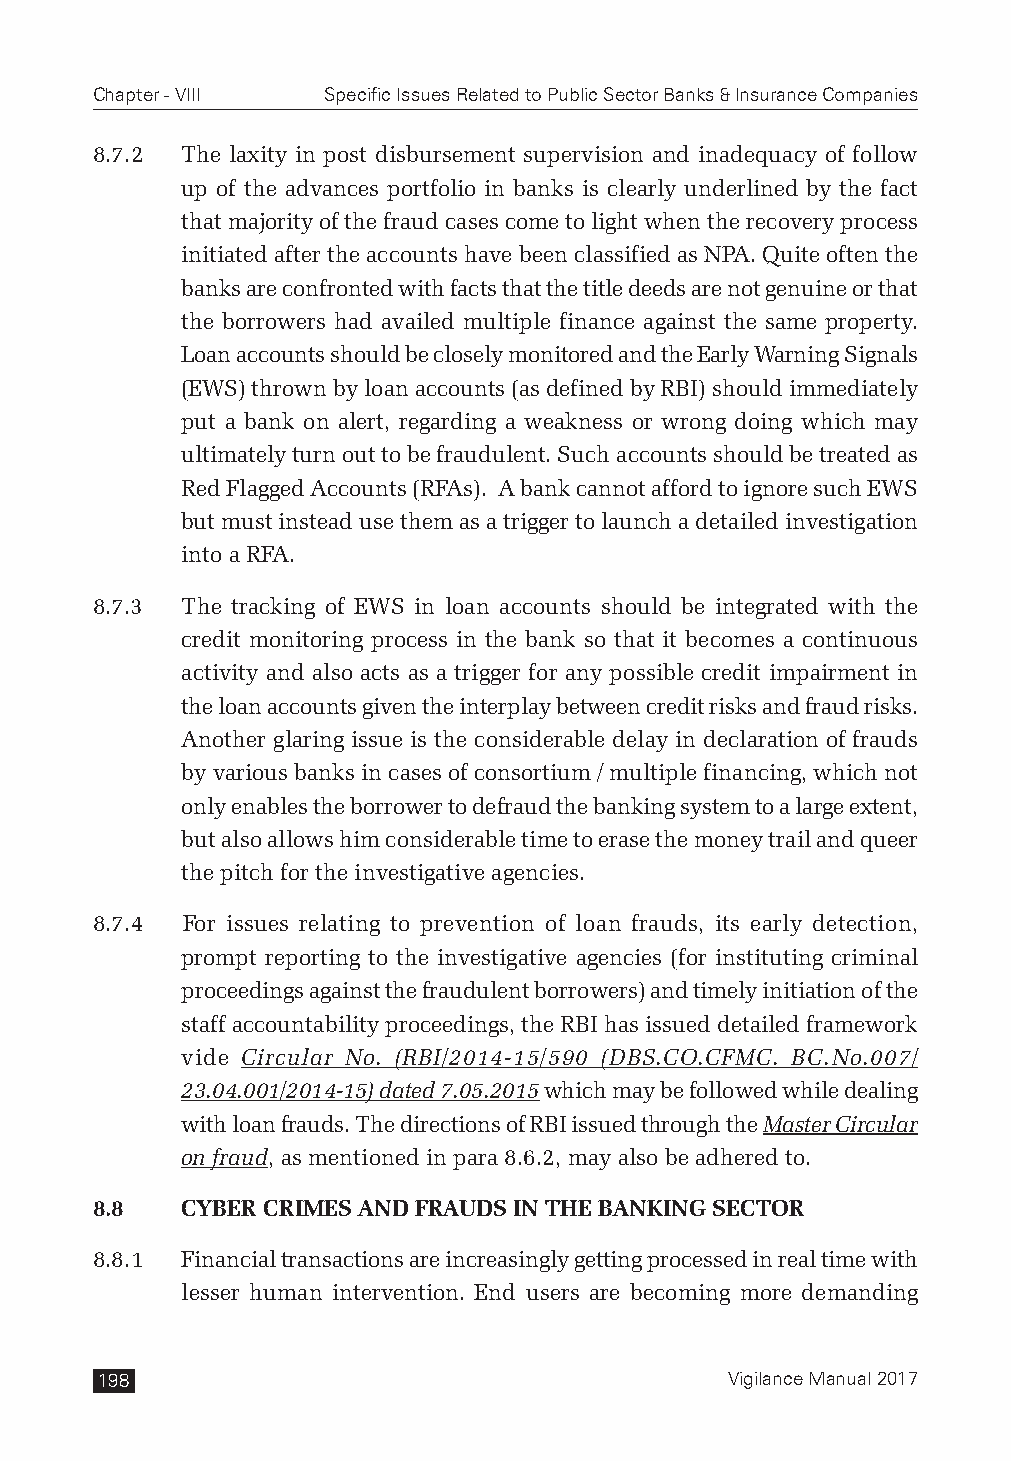
Chapter - VIII Specific Issues Related to Public Sector Banks & Insurance Companies
 8.7.2 The laxity in post disbursement supervision and inadequacy of follow
 up of the advances portfolio in banks is clearly underlined by the fact
 that majority of the fraud cases come to light when the recovery process
 initiated after the accounts have been classified as NPA. Quite often the
 banks are confronted with facts that the title deeds are not genuine or that
 the borrowers had availed multiple finance against the same property.
 Loan accounts should be closely monitored and the Early Warning Signals
 (EWS) thrown by loan accounts (as defined by RBI) should immediately
 put a bank on alert, regarding a weakness or wrong doing which may
 ultimately turn out to be fraudulent. Such accounts should be treated as
 Red Flagged Accounts (RFAs). A bank cannot afford to ignore such EWS
 but must instead use them as a trigger to launch a detailed investigation
 into a RFA.
 8.7.3 The tracking of EWS in loan accounts should be integrated with the
 credit monitoring process in the bank so that it becomes a continuous
 activity and also acts as a trigger for any possible credit impairment in
 the loan accounts given the interplay between credit risks and fraud risks.
 Another glaring issue is the considerable delay in declaration of frauds
 by various banks in cases of consortium / multiple financing, which not
 only enables the borrower to defraud the banking system to a large extent,
 but also allows him considerable time to erase the money trail and queer
 the pitch for the investigative agencies.
 8.7.4 For issues relating to prevention of loan frauds, its early detection,
 prompt reporting to the investigative agencies (for instituting criminal
 proceedings against the fraudulent borrowers) and timely initiation of the
 staff accountability proceedings, the RBI has issued detailed framework
 vide Circular No. (RBI/2014-15/590 (DBS.CO.CFMC. BC.No.007/
 23.04.001/2014-15) dated 7.05.2015 which may be followed while dealing
 with loan frauds. The directions of RBI issued through the Master Circular
 on fraud, as mentioned in para 8.6.2, may also be adhered to.
 8.8   CYBER CRIMES AND FRAUDS IN THE BANKING SECTOR
 8.8.1 Financial transactions are increasingly getting processed in real time with
 lesser human intervention. End users are becoming more demanding
 198                                       Vigilance Manual 2017